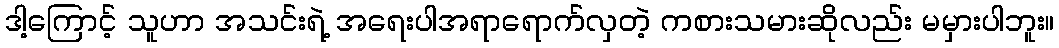
ဒါ့ကြောင့် သူဟာ အသင်းရဲ့ အရေးပါအရာရောက်လှတဲ့ ကစားသမားဆိုလည်း မမှားပါဘူး။